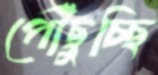
পৌঁছুচ্ছি